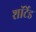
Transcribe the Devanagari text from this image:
शॉर्टेड